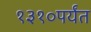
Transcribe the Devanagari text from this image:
१३१०पर्यंत